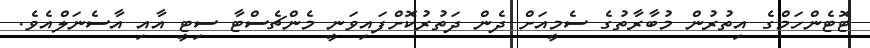
ޓޮޓެންހަމްގެ އިތުރުން މުބާރާތުގެ ސެމީއަށް ދެން ދަތުރުކޮށްފައިވަނީ މެންޗެސްޓާ ސިޓީ އާއި އާސެނަލްއެވެ.